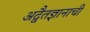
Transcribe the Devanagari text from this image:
अद्वैतज्ञानाची